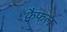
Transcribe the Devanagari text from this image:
क्वैफल